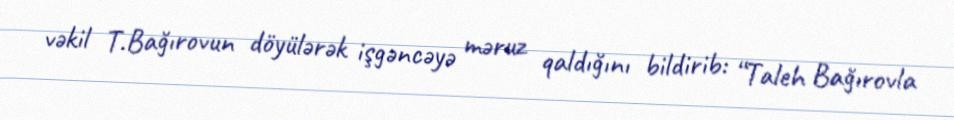
vəkil T.Bağırovun döyülərək işgəncəyə məruz qaldığını bildirib: “Taleh Bağırovla